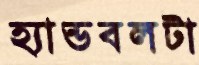
হ্যান্ডবলটা